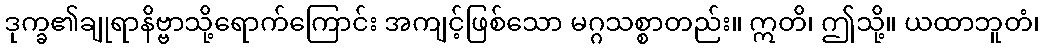
ဒုက္ခ၏ချုရာနိဗ္ဗာသို့ရောက်ကြောင်း အကျင့်ဖြစ်သော မဂ္ဂသစ္စာတည်း။ ဣတိ၊ ဤသို့။ ယထာဘူတံ၊